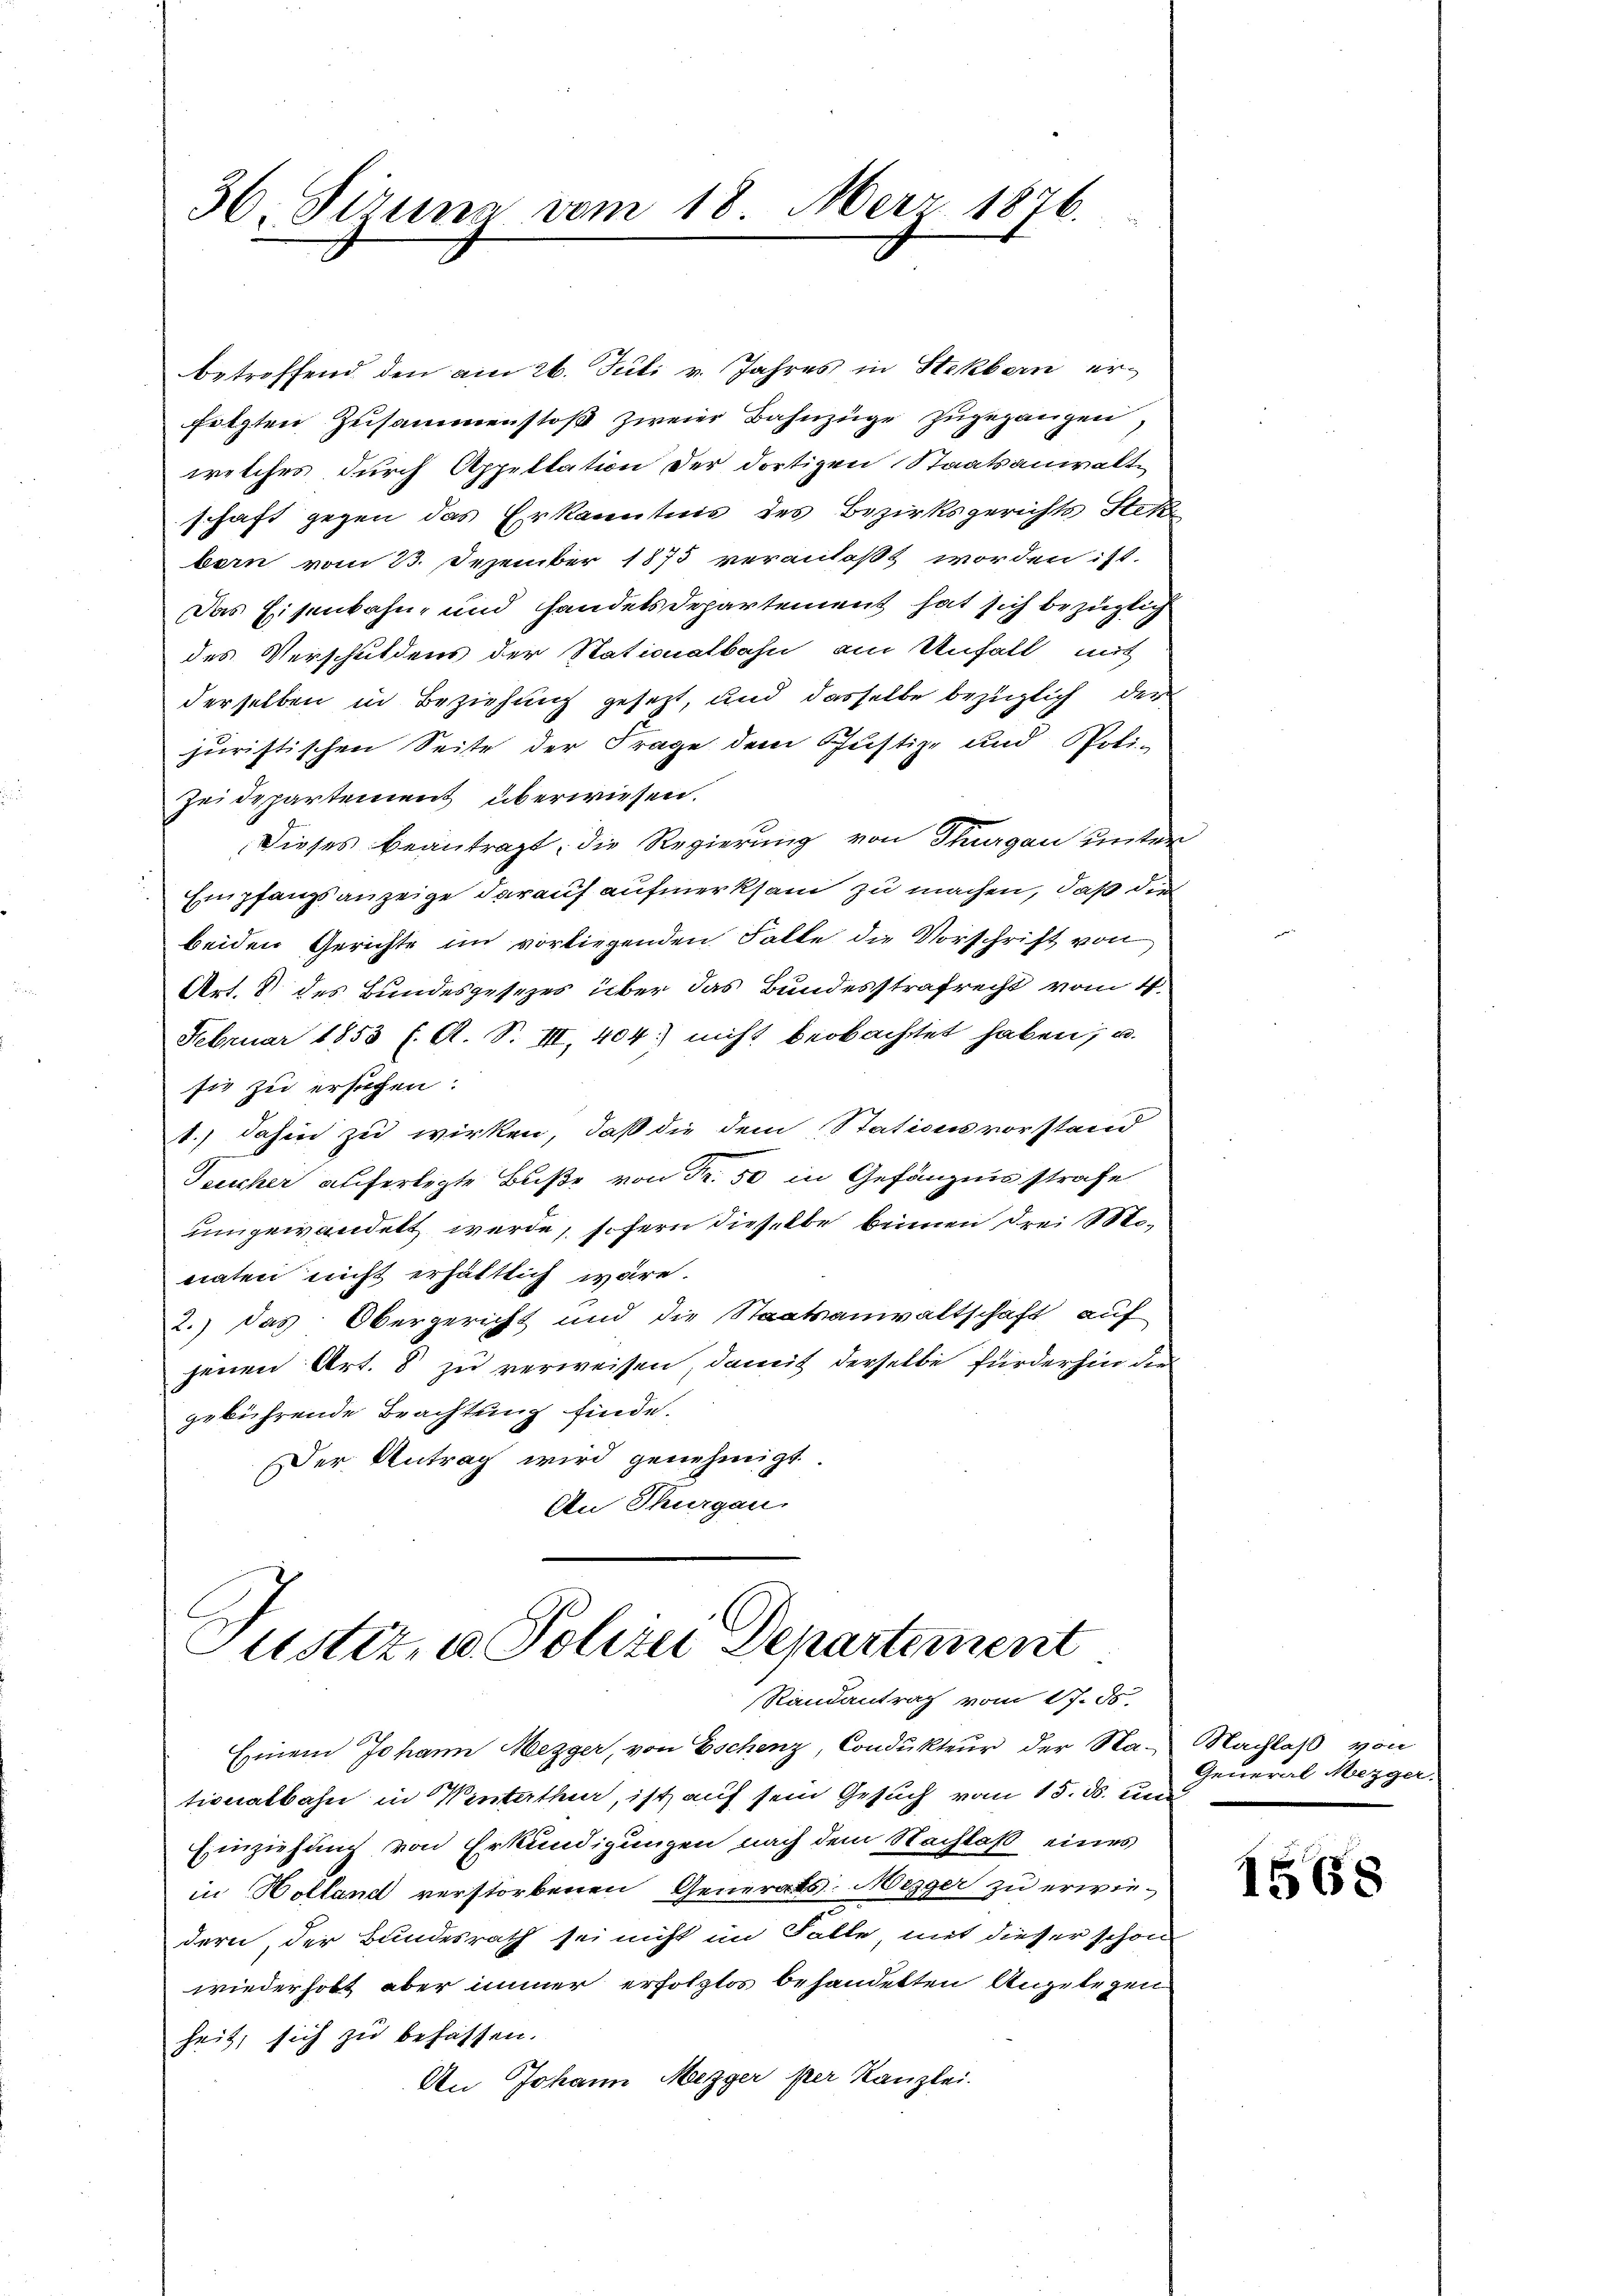
36. Fizuna vom 18. Merz 1876.

betreffend den am 26. Juli v. Jahres in Stekbern erfolgten Zusammenstoß zweier Bahnzüge zugegangen,
welches durch Appellation der dortigen Staatsanwaltschaft gegen das Erkanntnis des Bezirksgerichts Steke
bern vom 23. Dezember 1875 veranlaßt worden ist.
Das Eisenbahn- und handels Departement hat sich bezüglich
des Verschuldens der Stationalbahn am Unfall mit
derselben in Beziehung gesetzt, und dasselbe bezüglich der
juristischen Seite der Frage dem Justiz- und Poli-
Zei Departement überwiesen.
Dieses beantragt, die Regierung von Thurgau unter
Empfangsanzeige darauf aufmerksam zu machen, daß die
beiden Gerichte im vorliegenden Falle die Vorschrift von
Art. 8 des Bundesgesezes über das Bundesstrafrecht vom 4.
Februar 1853 f. A. S. III, 404. nicht beobachtet haben, u.
sie zu ersuchen:
1.) dahin zu wirken, daß die dem Stationsvorstand
Tucher auferlegte Buße von Fr. 50 in Gefängnisstrafe
umgewandelt werde, sofern dieselbe beimen drei Mo
naten nicht erhältlich wäre.
2.) das Obergericht und die Staatsanwaltschaft auf
jenen Art. 8 zu verweisen, damit derselbe fürderhin die
gebührende Brachtung finde.
Der Antrag wird genehmigt.
An Thurgau.

Justiz, u. Polizei Departement
Randantrag vom 17. ds.

Ehinein Johann Mezger, von Eschenz, Condukteur der Nationalbahn in Winterthur, ist auf sein Gesuch vom 15. ds. ver
Einziehung von Erkundigungen nach dem Nachlaß eines
in Holland verstorbenen Generats. Mezger zu erwiedern, der Bundesrath sei nicht im Falle mit dieser schon
wiederholt aber immer erfolglos behandetten Angelegen
heit, sich zu befassen.
An Johann Mezger per Kanzlei.

Nachlaß von
General Mezger.

1568